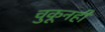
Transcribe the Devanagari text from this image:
चुकूनही